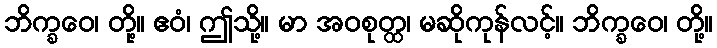
ဘိက္ခဝေ၊ တို့။ ဧဝံ၊ ဤသို့။ မာ အဝစုတ္ထ၊ မဆိုကုန်လင့်။ ဘိက္ခဝေ၊ တို့။